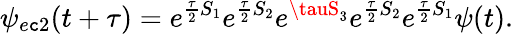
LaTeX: \psi_{e\mathtt{c}2}(t+\tau)=e^{\frac{{\tau}}{{2}}S_{1}}e^{\frac{{\tau}}{{2}}S_{2}}e^{\tauS_{3}}e^{\frac{{\tau}}{{2}}S_{2}}e^{\frac{{\tau}}{{2}}S_{1}}\psi(t).